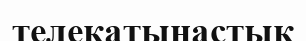
телеқатынастық